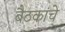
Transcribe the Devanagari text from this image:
बैठकांचे